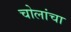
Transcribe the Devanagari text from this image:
चोलांचा